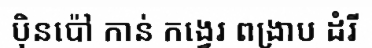
ប៉ិនប៉ៅ កាន់ កង្វេរ ពង្រាប ដំរី